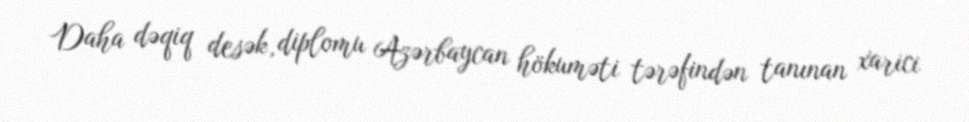
Daha dəqiq desək, diplomu Azərbaycan hökuməti tərəfindən tanınan xarici